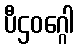
ပီဌဝဂ္ဂေါ